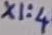
Text: X1:4